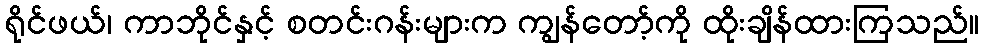
ရိုင်ဖယ်၊ ကာဘိုင်နှင့် စတင်းဂန်းများက ကျွန်တော့်ကို ထိုးချိန်ထားကြသည်။